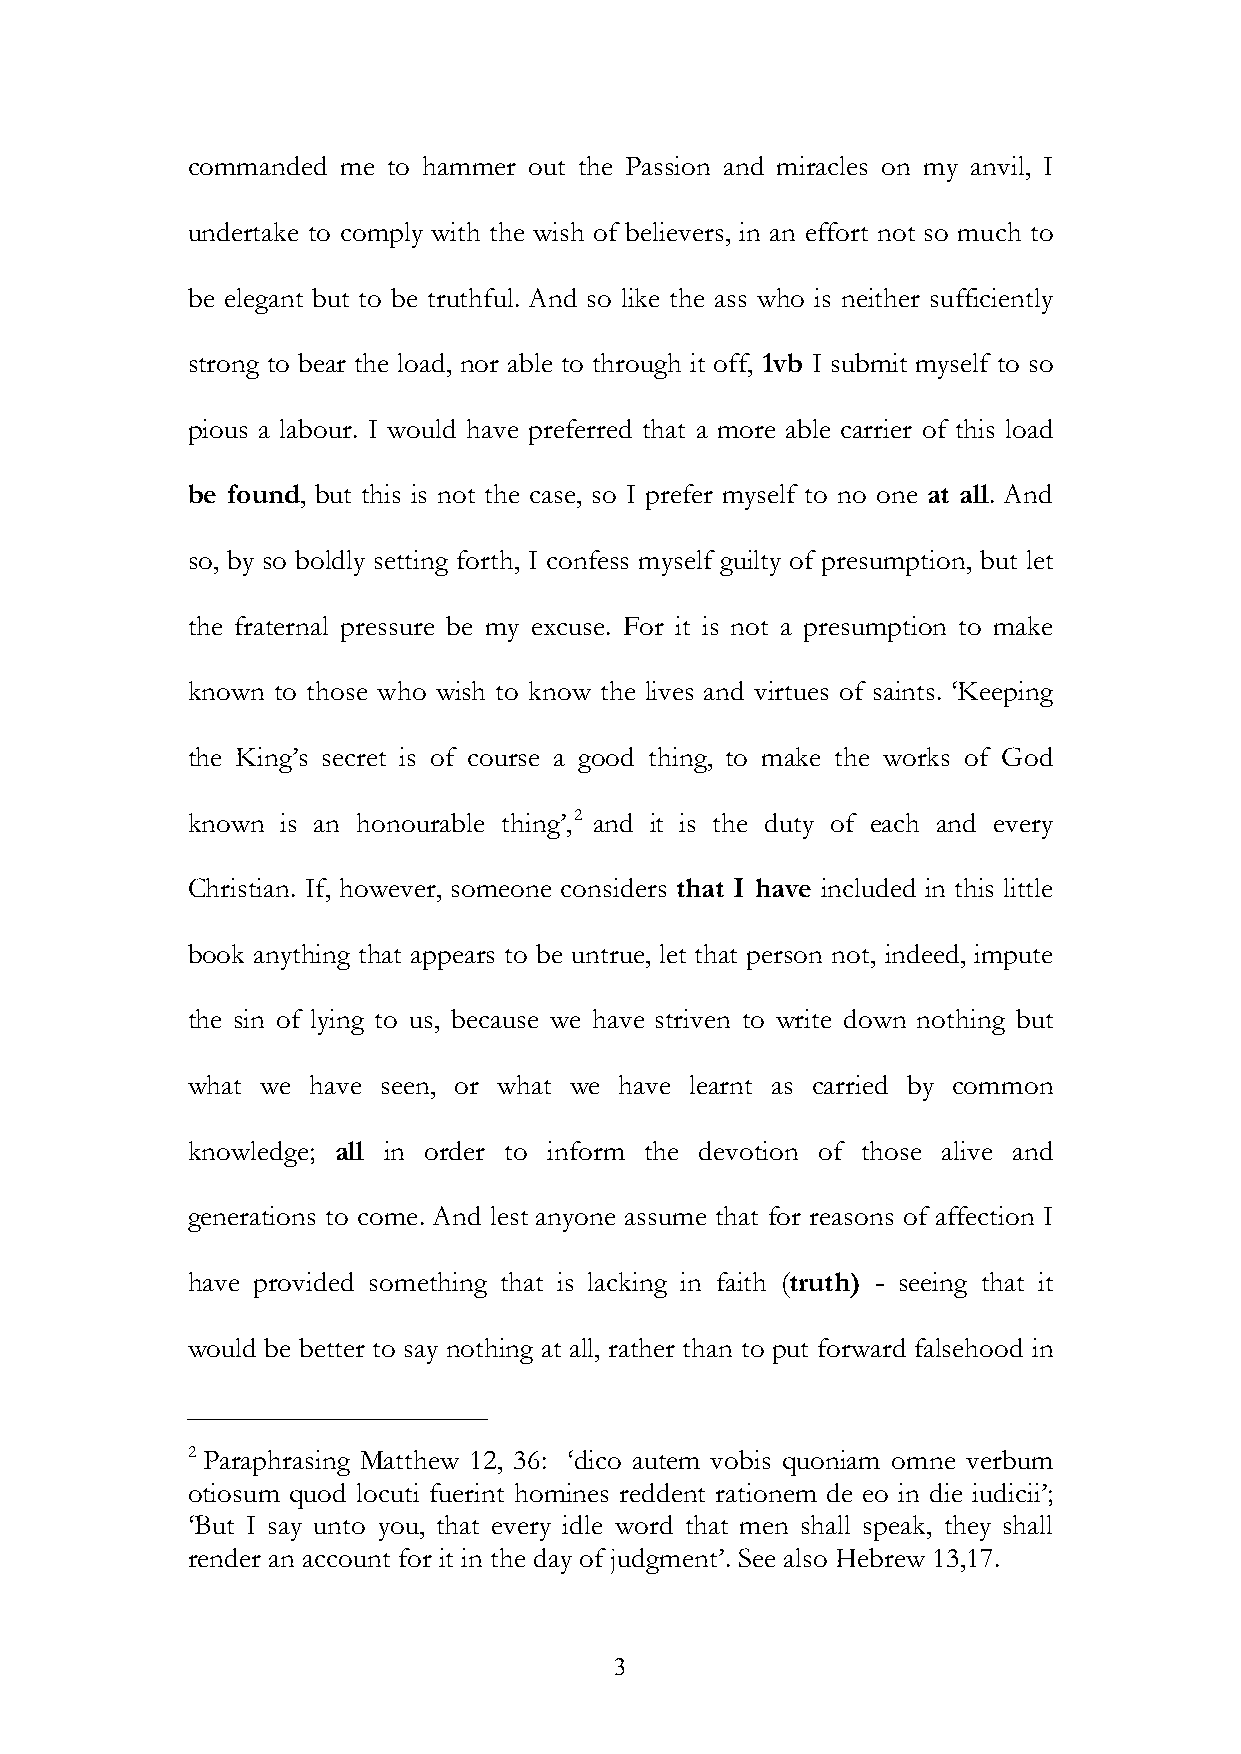
commanded me  to hammer out the Passion and miracles on my anvil, I
 undertake to comply with the wish of believers, in an effort not so much to
 be elegant but to be truthful. And so like the ass who is neither sufficiently
 strong to bear the load, nor able to through it off, 1vb I submit myself to so
 pious a labour. I would have preferred that a more able carrier of this load
 be found, but this is not the case, so I prefer myself to no one at all. And
 so, by so boldly setting forth, I confess myself guilty of presumption, but let
 the fraternal pressure be my excuse. For it is not a presumption to make
 known to those who wish to know the lives and virtues of saints. ‘Keeping
 the King’s secret is of course a good thing, to make the works of God
 known  is an honourable thing’,2 and it is the duty of each and every
 Christian. If, however, someone considers that I have included in this little
 book anything that appears to be untrue, let that person not, indeed, impute
 the sin of lying to us, because we have striven to write down nothing but
 what we  have seen, or what we have learnt as carried by common
 knowledge; all in order to inform the devotion of those alive and
 generations to come. And lest anyone assume that for reasons of affection I
 have provided something that is lacking in faith (truth) - seeing that it
 would be better to say nothing at all, rather than to put forward falsehood in
 2 Paraphrasing Matthew 12, 36: ‘dico autem vobis quoniam omne verbum
 otiosum quod locuti fuerint homines reddent rationem de eo in die iudicii’;
 ‘But I say unto you, that every idle word that men shall speak, they shall
 render an account for it in the day of judgment’. See also Hebrew 13,17.
 3